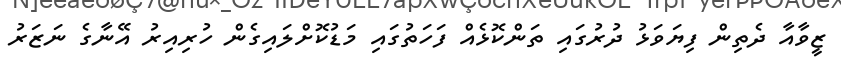
ޒީވާއާ ދެތިން ފިޔަވަޅު ދުރުގައި ތަންކޮޅެއް ފަހަތުގައި މަޑުކޮށްލައިގެން ހުރިއިރު އޭނާގެ ނަޒަރު